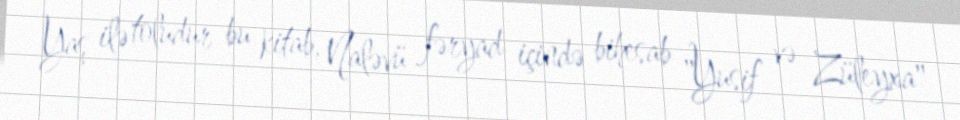
Yaş ilə toludur bu kitab, Naləvü fəryad içində bihesab "Yusif və Züleyxa"